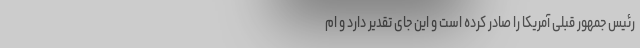
رئیس جمهور قبلی آمریکا را صادر کرده است و این جای تقدیر دارد و ام